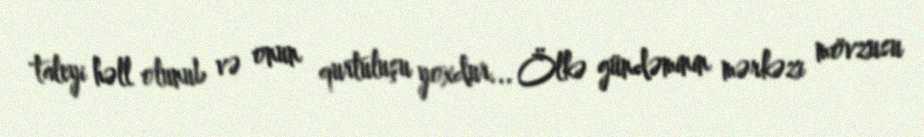
taleyi həll olunub və onun qurtuluşu yoxdur... Ölkə gündəminin mərkəzi mövzusu